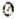
0